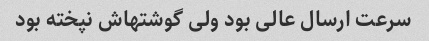
سرعت ارسال عالی بود ولی گوشتهاش نپخته بود